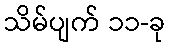
သိမ်ပျက် ၁၁-ခု